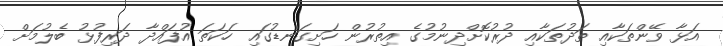
އަޅާ ވޭންތަކާއި ތަދުތަކާއި ދުރުކޮށްދިނުމުގެ އިތުރުން ހަށިގަނޑުގައި ހަކަތަ އުފައްދާ ދަރިފުޅު ބެލުމަށް